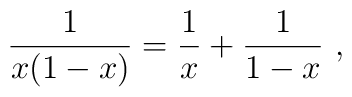
{1\over x(1-x)}={1\over x}+{1\over 1- x}\ ,